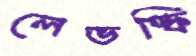
লেভস্কি